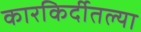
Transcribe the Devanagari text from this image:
कारकिर्दीतल्या